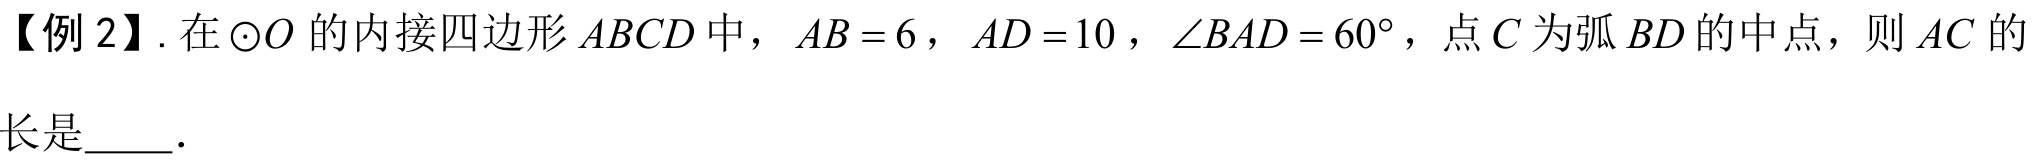
【例 2】. 在\(\odot O\)的内接四边形\(ABCD\)中，\(AB = 6\)，\(AD = 10\)，\(\angle BAD = 60^{\circ}\)，点\(C\)为弧\(BD\)的中点，则\(AC\)的
长是_____.